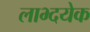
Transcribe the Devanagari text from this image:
लाभ्दयेक